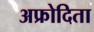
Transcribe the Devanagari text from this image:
अफ्रोदिता